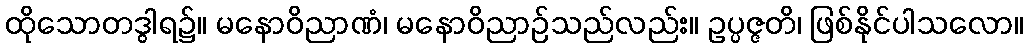
ထိုသောတဒွါရ၌။ မနောဝိညာဏံ၊ မနောဝိညာဉ်သည်လည်း။ ဥပ္ပဇ္ဇတိ၊ ဖြစ်နိုင်ပါသလော။